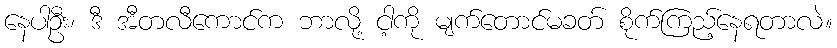
နေပါဦး၊ ဒီ အီတလီကောင်က ဘာလို့ ငါ့ကို မျက်တောင်မခတ် စိုက်ကြည့်နေရတာလဲ။